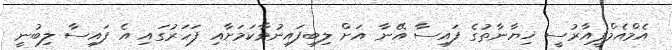
އެމްއެމްޕީއާރުސީ ޚިޔާނާތުގެ ފައިސާ އޭނާ އަށް ލިބިފައިނުވާކަމަށާއި ފަހަރުގައި އެ ފައިސާ ލިބުނީ